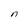
Character: n